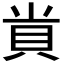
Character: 𮙲